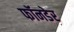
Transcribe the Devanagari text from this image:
फॉनडेर